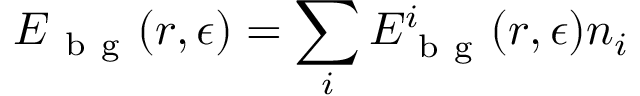
\boldsymbol { E } _ { \mathrm { ~ b ~ g ~ } } ( \boldsymbol { r } , \epsilon ) = \sum _ { i } E _ { \mathrm { ~ b ~ g ~ } } ^ { i } ( \boldsymbol { r } , \epsilon ) \boldsymbol { n } _ { i }